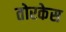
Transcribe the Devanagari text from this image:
तोरकेस